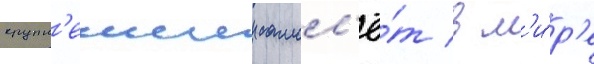
крупн'еишии самол'ё́т в м'и́р'е